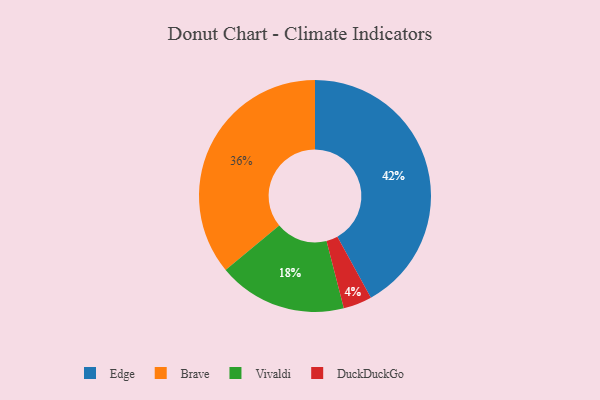
{"axis": {"x": "Category", "y": "Percentage"}, "legend": ["Brave", "DuckDuckGo", "Edge", "Vivaldi"], "data": [{"x": "Brave", "y": 36, "type": "Brave"}, {"x": "Vivaldi", "y": 18, "type": "Vivaldi"}, {"x": "Edge", "y": 42, "type": "Edge"}, {"x": "DuckDuckGo", "y": 4, "type": "DuckDuckGo"}]}